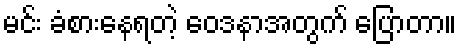
မင်း ခံစားနေရတဲ့ ဝေဒနာအတွက် ပြောတာ။